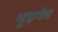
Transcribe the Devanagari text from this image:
गुड़गंव